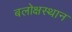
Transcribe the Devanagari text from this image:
बलोक्षस्थान